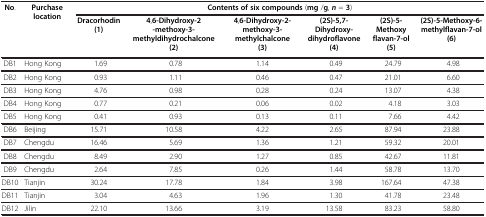
<table><thead><tr><td rowspan="2"><b>No.</b></td><td rowspan="2"><b>Purchase location</b></td><td colspan="6"><b>Contents of six compounds (mg /g, <i>n</i> = 3)</b></td></tr><tr><td><b>Dracorhodin(1)</b></td><td><b>4,6-Dihydroxy-2-methoxy-3-methyldihydrochalcone(2)</b></td><td><b>4,6-Dihydroxy-2-methoxy-3-methylchalcone(3)</b></td><td><b>(2S)-5,7- Dihydroxy-dihydroflavone(4)</b></td><td><b>(2S)-5-Methoxy flavan-7-ol(5)</b></td><td><b>(2S)-5-Methoxy-6-methylflavan-7-ol (6)</b></td></tr></thead><tbody><tr><td>DB1</td><td>Hong Kong</td><td>1.69</td><td>0.78</td><td>1.14</td><td>0.49</td><td>24.79</td><td>4.98</td></tr><tr><td>DB2</td><td>Hong Kong</td><td>0.93</td><td>1.11</td><td>0.46</td><td>0.47</td><td>21.01</td><td>6.60</td></tr><tr><td>DB3</td><td>Hong Kong</td><td>4.76</td><td>0.98</td><td>0.28</td><td>0.24</td><td>13.07</td><td>4.38</td></tr><tr><td>DB4</td><td>Hong Kong</td><td>0.77</td><td>0.21</td><td>0.06</td><td>0.02</td><td>4.18</td><td>3.03</td></tr><tr><td>DB5</td><td>Hong Kong</td><td>0.41</td><td>0.93</td><td>0.13</td><td>0.11</td><td>7.66</td><td>4.42</td></tr><tr><td>DB6</td><td>Beijing</td><td>15.71</td><td>10.58</td><td>4.22</td><td>2.65</td><td>87.94</td><td>23.88</td></tr><tr><td>DB7</td><td>Chengdu</td><td>16.46</td><td>5.69</td><td>1.36</td><td>1.21</td><td>59.32</td><td>20.01</td></tr><tr><td>DB8</td><td>Chengdu</td><td>8.49</td><td>2.90</td><td>1.27</td><td>0.85</td><td>42.67</td><td>11.81</td></tr><tr><td>DB9</td><td>Chengdu</td><td>2.64</td><td>7.85</td><td>0.26</td><td>1.44</td><td>58.78</td><td>13.70</td></tr><tr><td>DB10</td><td>Tianjin</td><td>30.24</td><td>17.78</td><td>1.84</td><td>3.98</td><td>167.64</td><td>47.38</td></tr><tr><td>DB11</td><td>Tianjin</td><td>3.04</td><td>4.63</td><td>1.96</td><td>1.30</td><td>41.78</td><td>23.48</td></tr><tr><td>DB12</td><td>Jilin</td><td>22.10</td><td>13.66</td><td>3.19</td><td>13.58</td><td>83.23</td><td>58.80</td></tr></tbody></table>